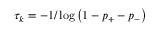
\tau _ { k } = - 1 / \log \left( 1 - p _ { + } - p _ { - } \right)